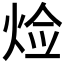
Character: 𤈷